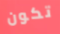
تكون